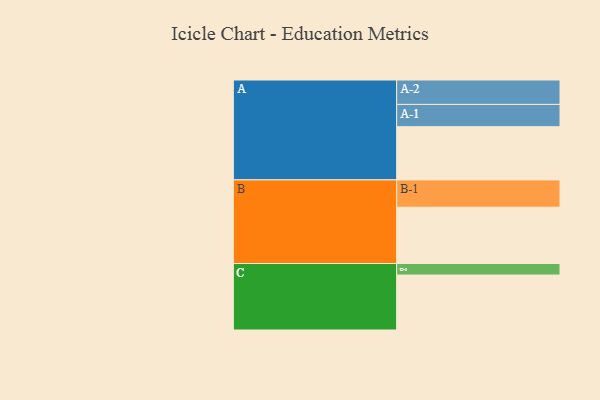
{"axis": {"x": "Segment", "y": "Value"}, "legend": ["", "A", "B", "C"], "data": [{"x": "A", "y": 527, "type": ""}, {"x": "B", "y": 558, "type": ""}, {"x": "C", "y": 545, "type": ""}, {"x": "A-1", "y": 221, "type": "A"}, {"x": "A-2", "y": 242, "type": "A"}, {"x": "B-1", "y": 271, "type": "B"}, {"x": "C-1", "y": 114, "type": "C"}]}